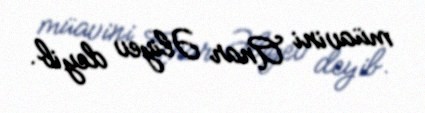
müavini Anar Əliyev deyib.